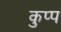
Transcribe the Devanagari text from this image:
कुप्प